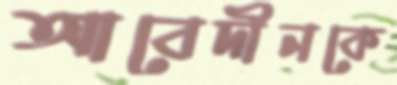
আবেদীনকে